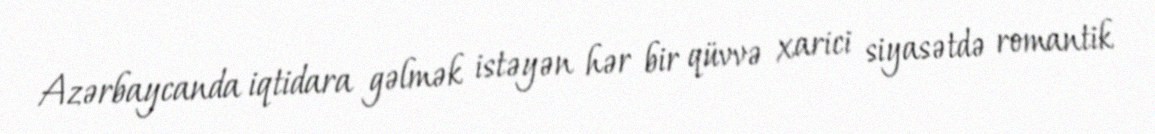
Azərbaycanda iqtidara gəlmək istəyən hər bir qüvvə xarici siyasətdə romantik